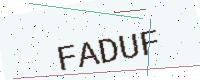
Text: FADUF